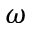
\omega